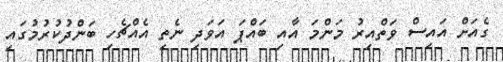
ގެއަށް އައިސް ވަތްއިރު މަންމަ އާއި ބައްޕަ އަވަދި ނެތި އެއްޗެހި ބަންދުކުރުމުގައި